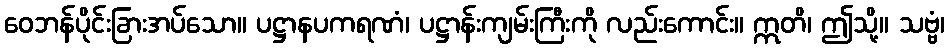
ဝေဘန်ပိုင်းခြားအပ်သော။ ပဋ္ဌာနပကရဏံ၊ ပဋ္ဌာန်းကျမ်းကြီးကို လည်းကောင်း။ ဣတိ၊ ဤသို့။ သဗ္ဗံ၊